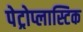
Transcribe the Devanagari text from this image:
पेट्रोप्लास्टिक